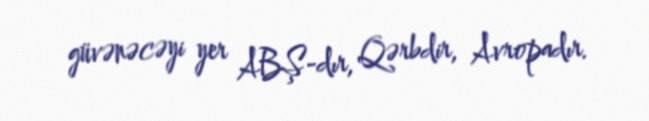
güvənəcəyi yer ABŞ-dır, Qərbdir, Avropadır.